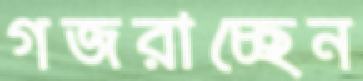
গজরাচ্ছেন